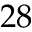
2 8